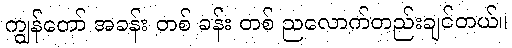
ကျွန်တော် အခန်း တစ် ခန်း တစ် ညလောက်တည်းချင်တယ်။